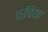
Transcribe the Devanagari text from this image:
१५बिया